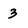
Character: 3